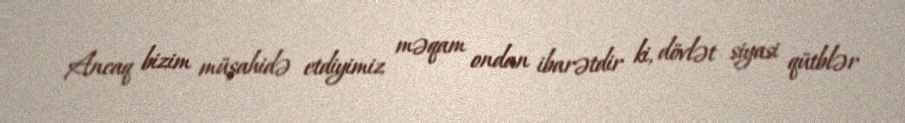
Ancaq bizim müşahidə etdiyimiz məqam ondan ibarətdir ki, dövlət siyasi qütblər